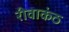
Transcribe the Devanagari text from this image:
रीवाकंठ